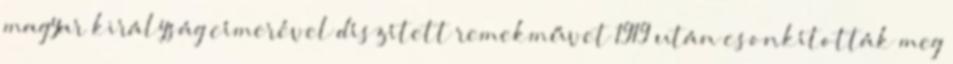
magyar királyság címerével díszített remekművet 1919 után csonkították meg